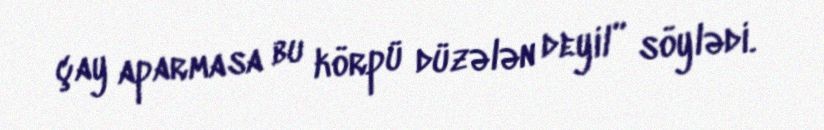
çay aparmasa bu körpü düzələn deyil” söylədi.